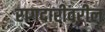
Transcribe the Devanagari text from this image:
रागदारीवरील